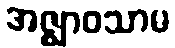
အဇ္ဈာဝသာမ